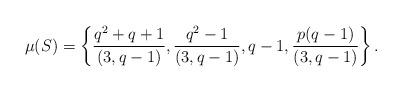
LaTeX: \begin{align*} \mu(S)=\left\{\dfrac{q^2+q+1}{(3,q-1)}, \dfrac{q^2-1}{(3,q-1)}, q-1, \dfrac{p(q-1)}{(3,q-1)}\right\}.\end{align*}